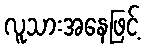
လူသားအနေဖြင့်